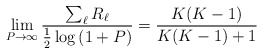
\begin{align*}\lim_{P\rightarrow \infty} \frac{\sum_{\ell} R_{\ell}}{\frac{1}{2}\log \left(1+P\right)}=\frac{K(K-1)}{K(K-1)+1}\end{align*}